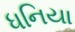
ધનિયા